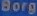
Borg